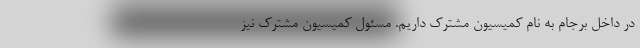
در داخل برجام به نام کمیسیون مشترک داریم. مسئول کمیسیون مشترک نیز